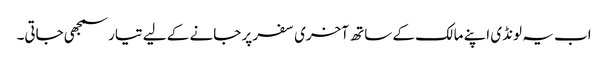
اب یہ لونڈی اپنے مالک کے ساتھ آخری سفر پر جانے کے لیے تیار سمجھی جاتی۔